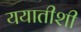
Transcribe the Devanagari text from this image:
ययातीशी